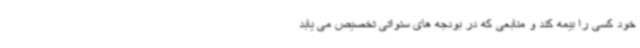
خود کسی را بیمه کند و منابعی که در بودجه های سنواتی تخصیص می یابد